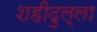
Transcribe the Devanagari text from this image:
शहीदुल्ला